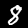
Label: 8